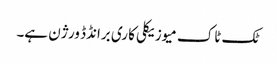
ٹک ٹاک میوزیکلی کا ری برانڈڈ ورژن ہے۔